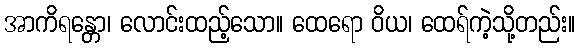
အာကိရန္တော၊ လောင်းထည့်သော။ ထေရော ဝိယ၊ ထေရ်ကဲ့သို့တည်း။